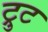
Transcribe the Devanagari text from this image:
ट्रुट